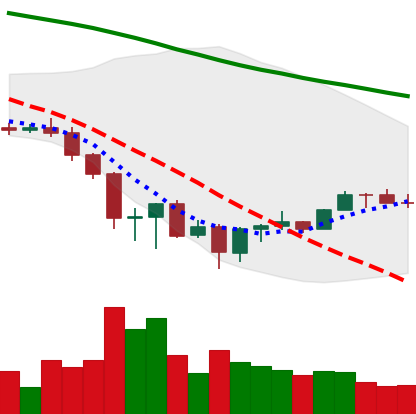
Ticker: BNB-USD
Chart end date: 2022-06-27
Forward return: -6.685%
Label: down_5_7